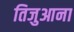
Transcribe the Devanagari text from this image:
तिजुआना